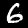
Digit: 6